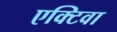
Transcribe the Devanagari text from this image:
एक्टिवा